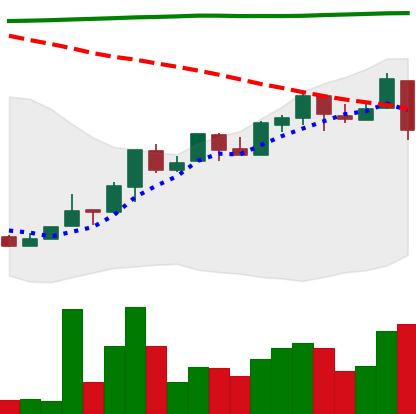
Ticker: NEO-USD
Chart end date: 2018-04-25
Forward return: 18.062%
Label: up_7plus